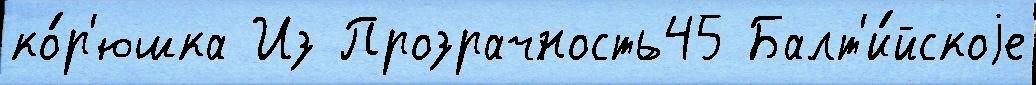
ко́р'юшка Из Прозрачность45 Балт'и́йскоjе